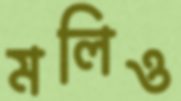
মলিও